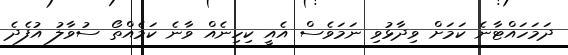
ދަމަހައްޓާނެ ކަމަށް ވިދާޅުވި ނަމަވެސް އެއީ ކިހިނެއް ވާނެ ކަމެއްތޯ ސުވާލު އުފެދެ